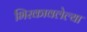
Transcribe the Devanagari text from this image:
भिरकावलेल्या